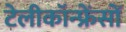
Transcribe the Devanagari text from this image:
टेलीकॉन्फ्रेंसों